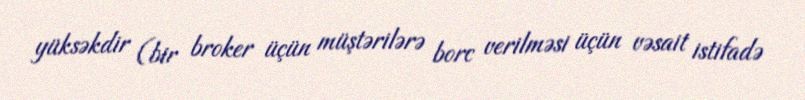
yüksəkdir (bir broker üçün müştərilərə borc verilməsi üçün vəsait istifadə